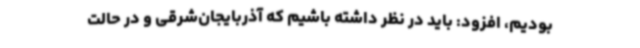
بودیم، افزود: باید در نظر داشته باشیم که آذربایجان‌شرقی و در حالت